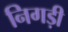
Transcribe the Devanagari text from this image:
निगड़ी